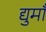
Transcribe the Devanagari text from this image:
द्युमाँ